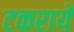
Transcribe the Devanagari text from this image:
टकरायें